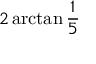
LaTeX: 2 \arctan { \frac { 1 } { 5 } }